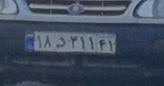
۱۸د۳۱۱۴۱